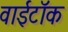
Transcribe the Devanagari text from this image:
वाईटॉक